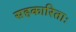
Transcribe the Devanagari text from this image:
सहकारिताः